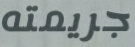
جريمته